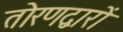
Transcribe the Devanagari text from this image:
तोरणद्वारों